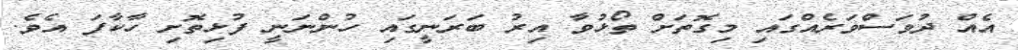
އެއް ދުވަސްވަރެއްގައި މިގޮތަށް ތޯޅުވާ އިރު ބަރަނީގައި ހުންނަނީ ފުޅިތޮށި ހާކާފަ އެވެ.